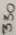
Text: 330